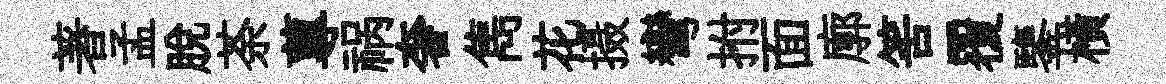
著孟脫荼蓴祸奢雋花摄彎拊面廓筈覆鑒横